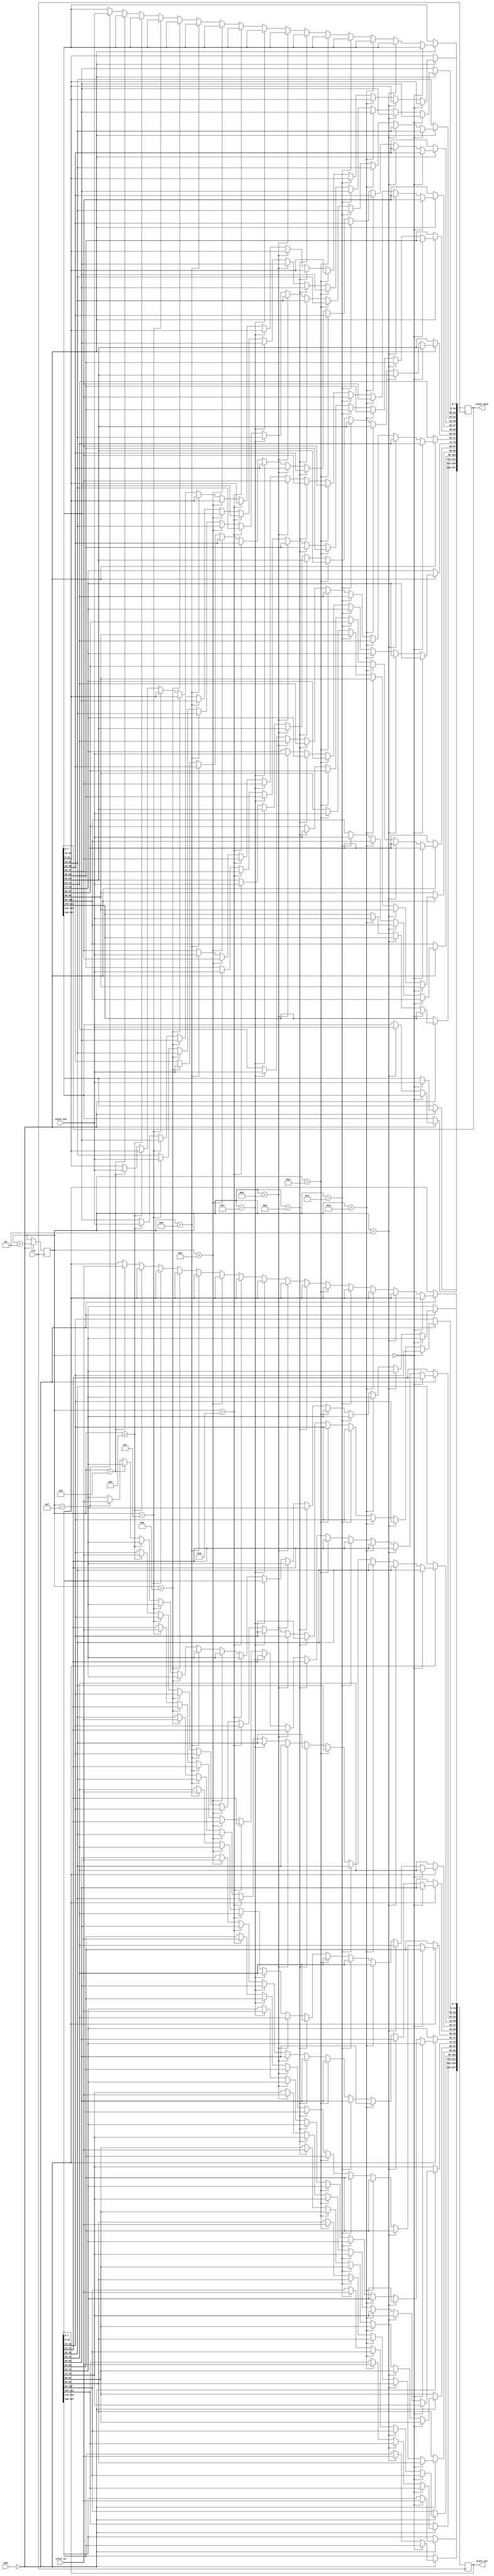
module convert8_128 
(
input clk,
input [1:0] mod,
input [7:0]state_in,
input [7:0]state_in2,
output [127:0] state_out,
output [127:0] state_out2

);

reg [127:0] finput=128'b0;
reg [127:0] finput2=128'b0; 
integer k=0;
	
always @(posedge clk)
	begin
	if(mod==2'b0)
	begin
	if(k==0)
	begin 
   finput[127:120]<=state_in;
	finput2[127:120]<=state_in2;

	end
	else if (k==1)
	begin 
	finput[119:112]<=state_in;
	finput2[119:112]<=state_in2;

	end
	else if (k==2)
	begin 
	finput[111:104]<=state_in;
		finput2[111:104]<=state_in2;

	end
	else if (k==3)
	begin 
	finput[103:96]<=state_in;
		finput2[103:96]<=state_in2;

	end
	else if (k==4)
	begin 
	finput[95:88]<=state_in;
		finput2[95:88]<=state_in2;

	end
	else if (k==5)
	begin 
	finput[87:80]<=state_in;
		finput2[87:80]<=state_in2;

	end
	else if (k==6)
	begin 
	finput[79:72]<=state_in;
		finput2[79:72]<=state_in2;

	end
	else if (k==7)
	begin 
	finput[71:64]<=state_in;
		finput2[71:64]<=state_in2;

	end
	else if (k==8)
	begin 
	finput[63:56]<=state_in;
		finput2[63:56]<=state_in2;

	end
	else if (k==9)
	begin 
	finput[55:48]<=state_in;
		finput2[55:48]<=state_in2;

	end
	else if (k==10)
	begin 
	finput[47:40]<=state_in;
		finput2[47:40]<=state_in2;

	end
	else if (k==11)
	begin 
	finput[39:32]<=state_in;
		finput2[39:32]<=state_in2;

	end
	else if (k==12)
	begin 
	finput[31:24]<=state_in;
		finput2[31:24]<=state_in2;

	end
	else if (k==13)
	begin 
	finput[23:16]<=state_in;
		finput2[23:16]<=state_in2;

	end
	else if (k==14)
	begin 
	finput[15:8]<=state_in;
		finput2[15:8]<=state_in2;

	end
	else if (k==15)
	begin 
	finput[7:0]<=state_in;
	finput2[7:0]<=state_in2;

	end
	else 
	begin
	
	end
	k<=k+1;
	
	end
	end
	
	assign state_out=finput;
	assign state_out2=finput2;

	endmodule